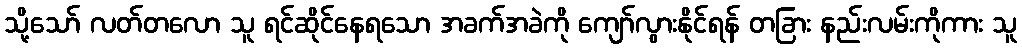
သို့သော် လတ်တလော သူ ရင်ဆိုင်နေရသော အခက်အခဲကို ကျော်လွားနိုင်ရန် တခြား နည်းလမ်းကိုကား သူ